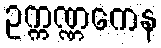
ဥက္ကဏ္ဏကေန